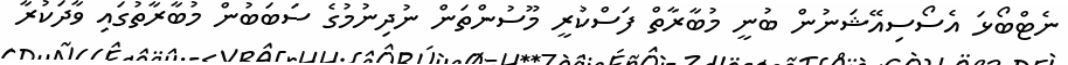
ނެޓްބޯޅަ އެސޯސިއޭޝަނުން ބުނީ މުބާރާތް ފަސްކުރީ މޫސުންތަން ނުދިނުމުގެ ސަބަބުން މުބާރާތުގައި ވާދަކުރާ